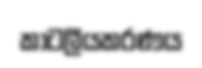
කාටලීයකරණය